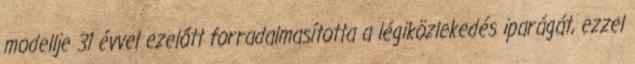
modellje 31 évvel ezelőtt forradalmasította a légiközlekedés iparágát, ezzel